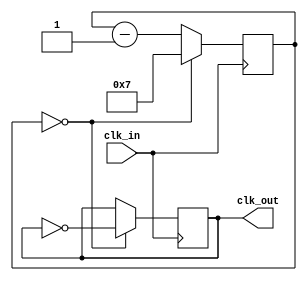
module clock_divider (
    input wire clk_in,
    output wire clk_out
);

reg [7:0] counter;

always @(posedge clk_in) begin
    if (counter == 8'd0) begin
        counter <= 8'd7;
        clk_out <= ~clk_out;
    end else begin
        counter <= counter - 1;
    end
end

endmodule